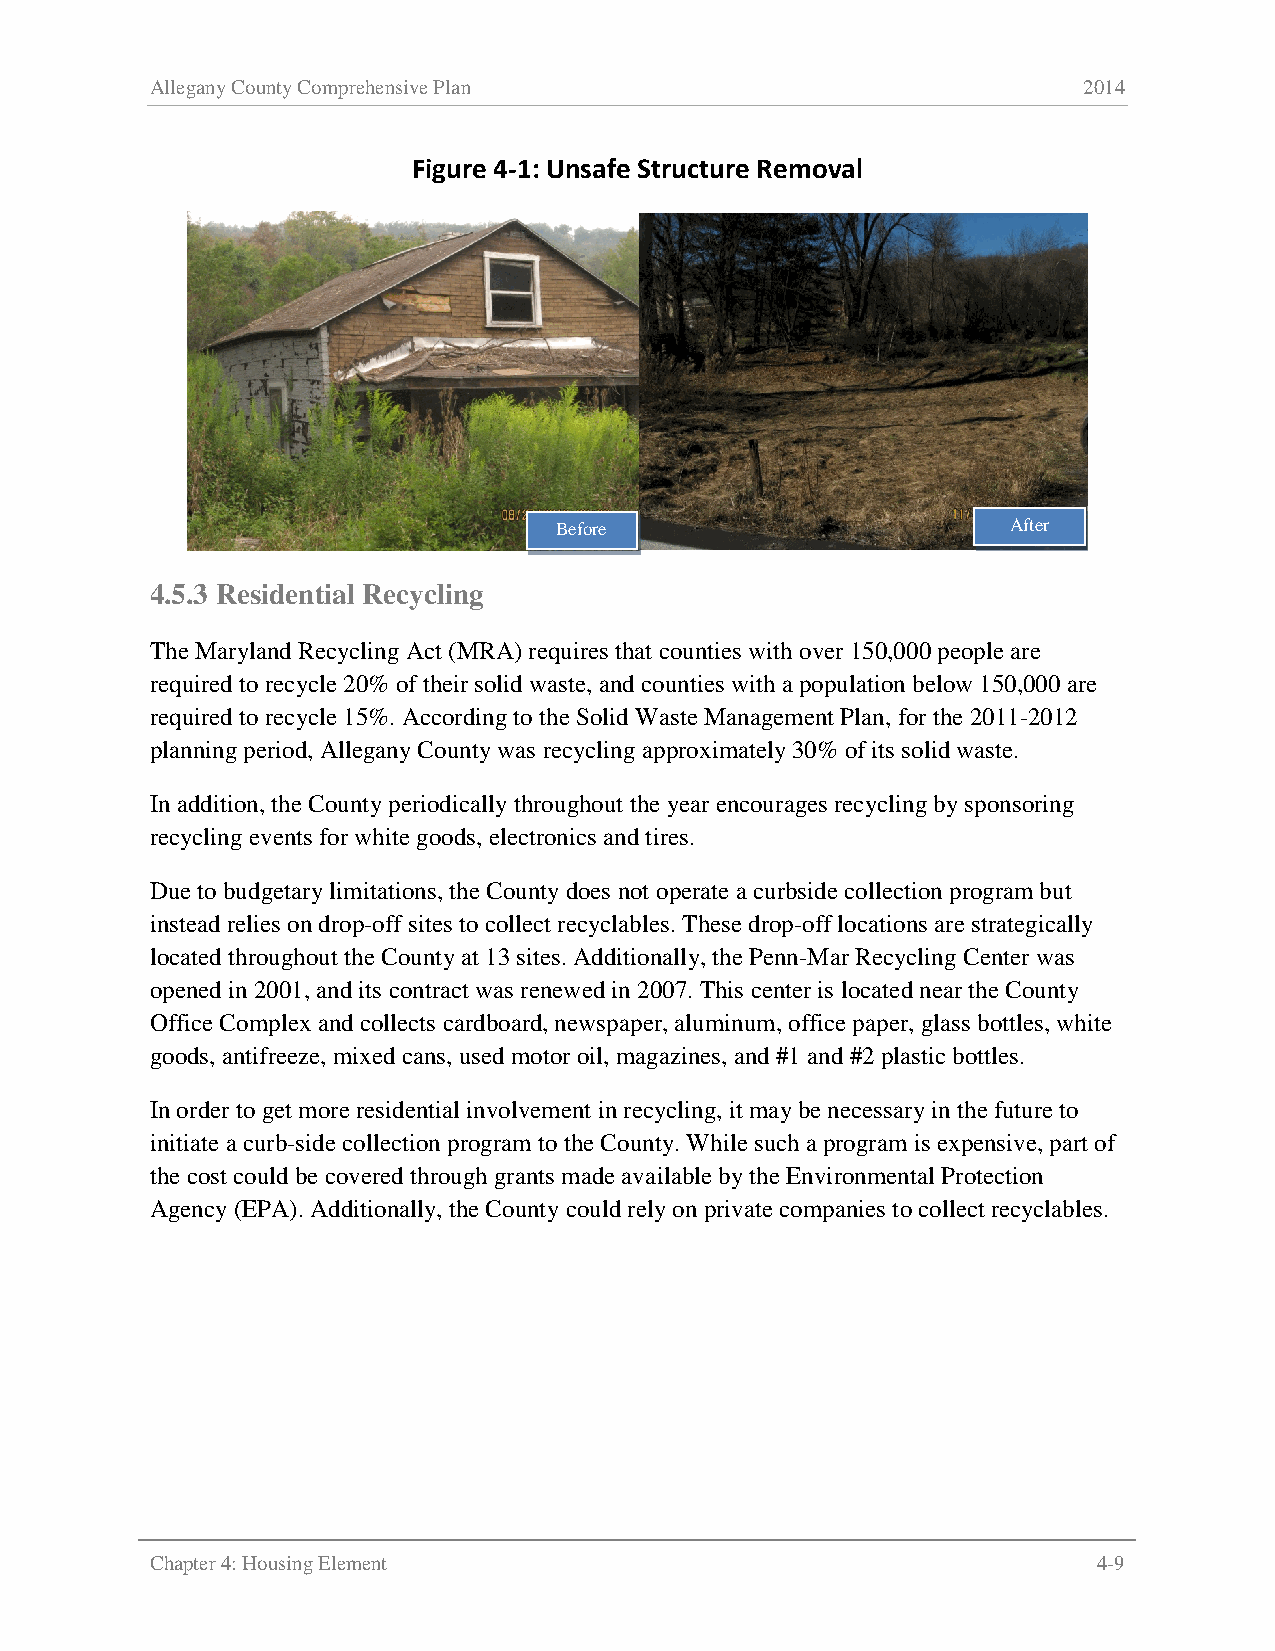
Allegany County Comprehensive Plan                            2014
 Figure 4-1: Unsafe Structure Removal
 Before                        After
 4.5.3 Residential Recycling
 The Maryland Recycling Act (MRA) requires that counties with over 150,000 people are
 required to recycle 20% of their solid waste, and counties with a population below 150,000 are
 required to recycle 15%. According to the Solid Waste Management Plan, for the 2011-2012
 planning period, Allegany County was recycling approximately 30% of its solid waste.
 In addition, the County periodically throughout the year encourages recycling by sponsoring
 recycling events for white goods, electronics and tires.
 Due to budgetary limitations, the County does not operate a curbside collection program but
 instead relies on drop-off sites to collect recyclables. These drop-off locations are strategically
 located throughout the County at 13 sites. Additionally, the Penn-Mar Recycling Center was
 opened in 2001, and its contract was renewed in 2007. This center is located near the County
 Office Complex and collects cardboard, newspaper, aluminum, office paper, glass bottles, white
 goods, antifreeze, mixed cans, used motor oil, magazines, and #1 and #2 plastic bottles.
 In order to get more residential involvement in recycling, it may be necessary in the future to
 initiate a curb-side collection program to the County. While such a program is expensive, part of
 the cost could be covered through grants made available by the Environmental Protection
 Agency (EPA). Additionally, the County could rely on private companies to collect recyclables.
 Chapter 4: Housing Element                                     4-9